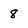
Character: 8